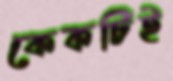
কেকটিই